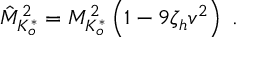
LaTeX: \hat { M } _ { K _ { o } ^ { * } } ^ { 2 } = M _ { K _ { o } ^ { * } } ^ { 2 } \left( 1 - 9 \zeta _ { h } v ^ { 2 } \right) \; .